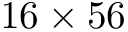
1 6 \times 5 6